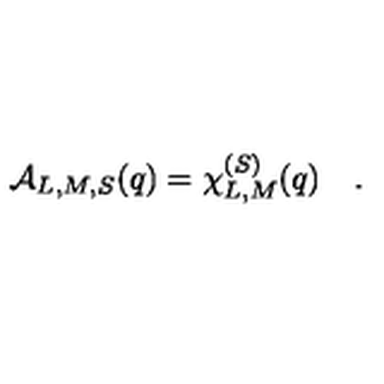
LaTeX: { \cal A } _ { L , M , S } ( q ) = \chi _ { L , M } ^ { ( S ) } ( q ) \quad .